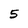
Character: 5